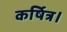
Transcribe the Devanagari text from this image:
कर्षित्र।